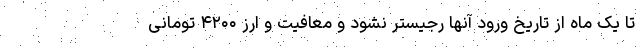
تا یک ماه از تاریخ ورود آنها رجیستر نشود و معافیت و ارز ۴۲۰۰ تومانی